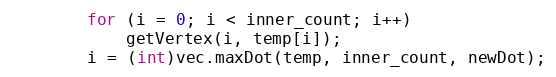
Language: C++
		for (i = 0; i < inner_count; i++)
			getVertex(i, temp[i]);
		i = (int)vec.maxDot(temp, inner_count, newDot);